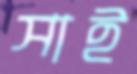
সাই